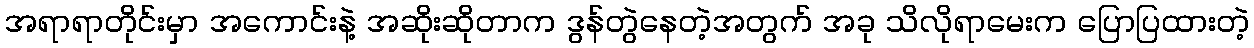
အရာရာတိုင်းမှာ အကောင်းနဲ့ အဆိုးဆိုတာက ဒွန်တွဲနေတဲ့အတွက် အခု သိလိုရာမေးက ပြောပြထားတဲ့